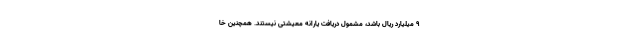
۹ میلیارد ریال باشد، مشمول دریافت یارانه معیشتی نیستند. همچنین خا